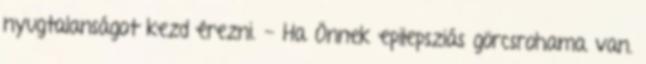
nyugtalanságot kezd érezni. - Ha Önnek epilepsziás görcsrohama van.